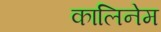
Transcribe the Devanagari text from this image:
कालिनेम